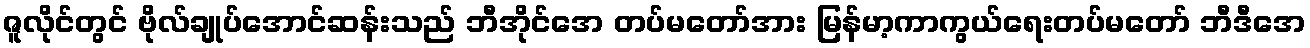
ဇူလိုင်တွင် ဗိုလ်ချုပ်အောင်ဆန်းသည် ဘီအိုင်အေ တပ်မတော်အား မြန်မာ့ကာကွယ်ရေးတပ်မတော် ဘီဒီအေ